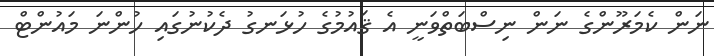
ނަން ކެމަރޫންގެ ނަން ނިސްބަތްވަނީ އެ ޤައުމުގެ ހުޅަނގު ދެކުނުގައި ހުންނަ މައުންޓް